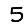
Digit: 5